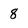
Character: 8